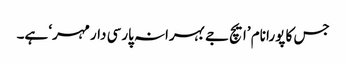
جس کا پورا نام ’ایچ جے بہرانہ پارسی دار مہر‘ ہے۔